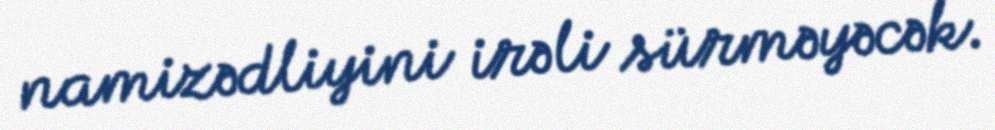
namizədliyini irəli sürməyəcək.